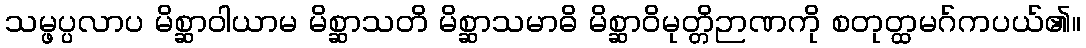
သမ္ဖပ္ပလာပ မိစ္ဆာဝါယာမ မိစ္ဆာသတိ မိစ္ဆာသမာဓိ မိစ္ဆာဝိမုတ္တိဉာဏကို စတုတ္ထမဂ်ကပယ်၏။